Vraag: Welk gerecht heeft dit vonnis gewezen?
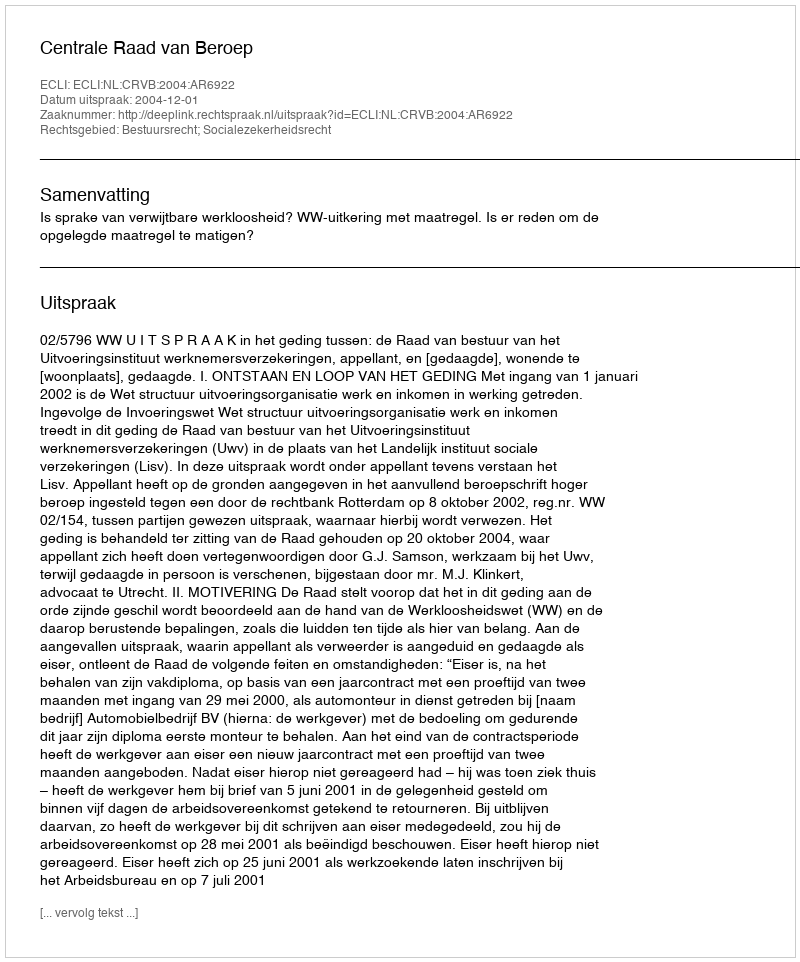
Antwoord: Centrale Raad van Beroep